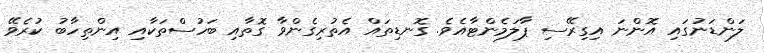
ލަންޑަނުގައި އޮންނަ އިގިރޭސި ޕާލަމެންޓާއެވެ. ގޮނޑިތައް އެތުރިގެންވާ ގޮތާއި ބަހުސްތަކާއި އިންތިހާބު ކުރެވޭ